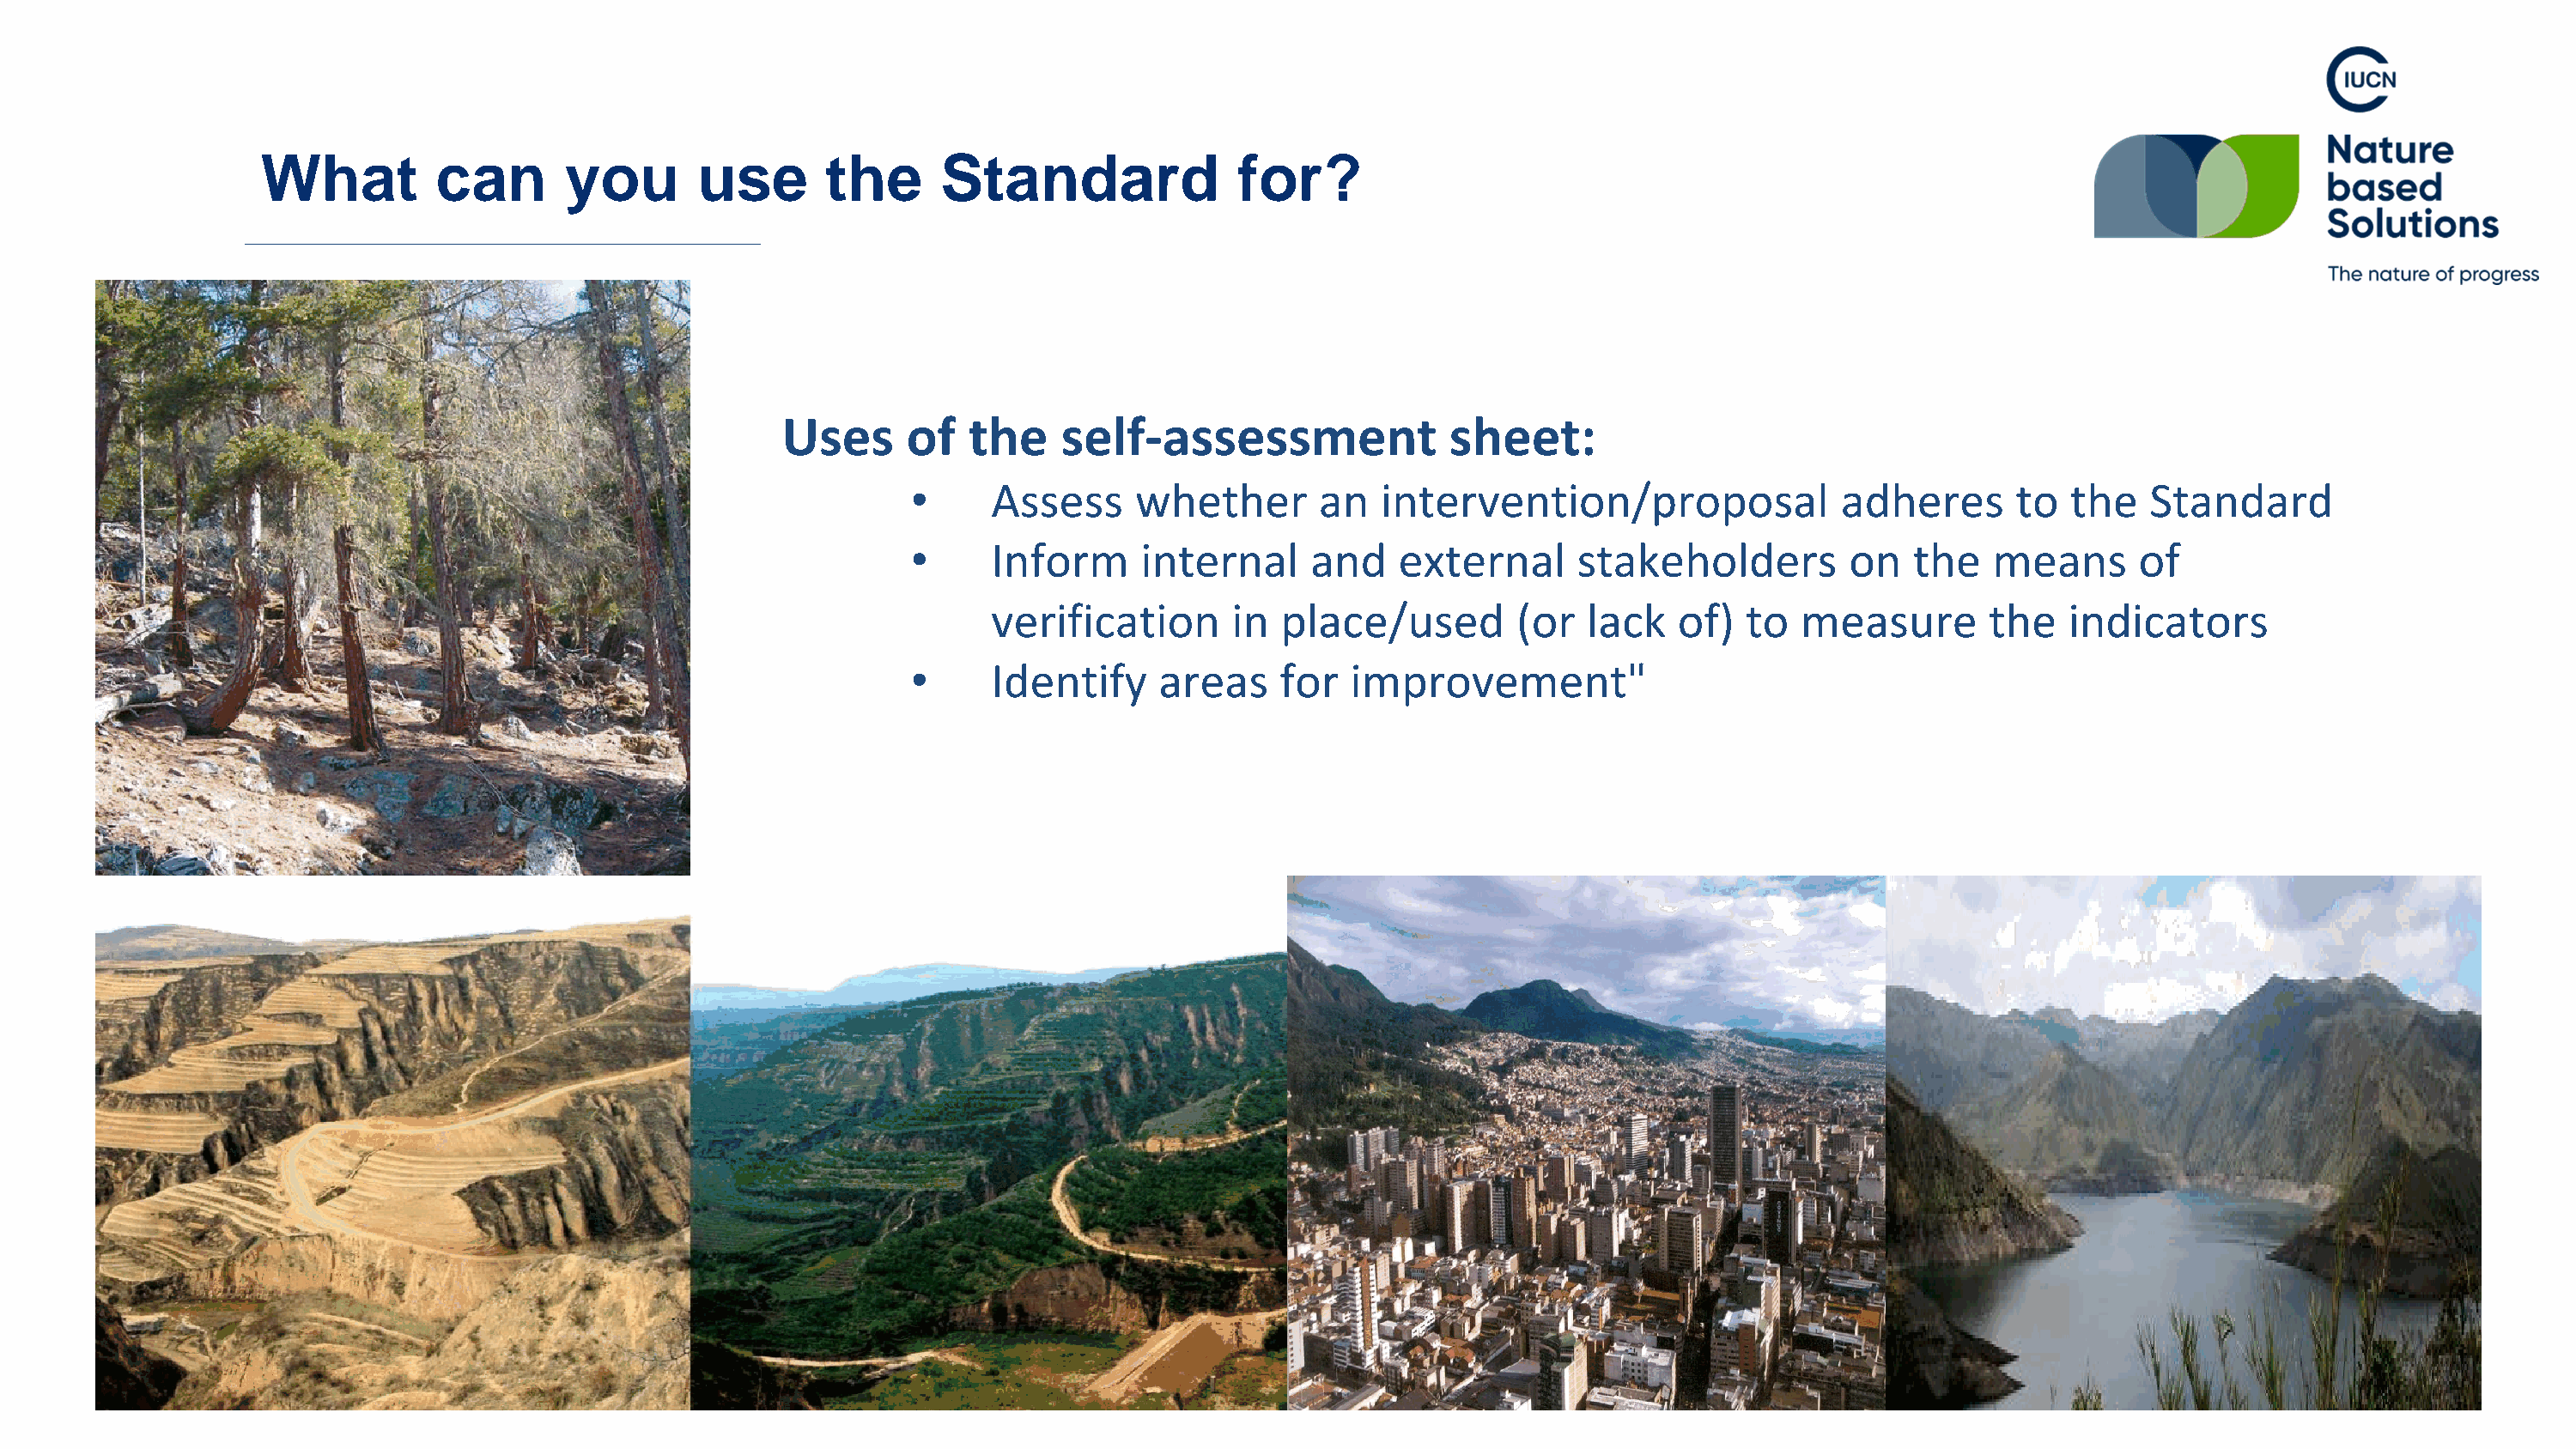
What          can       you       use       the      Standard              for?
 Uses      of   the    self-assessment               sheet:
 •     Assess      whether       an  intervention/proposal               adheres      to   the   Standard
 •     Inform      internal     and    external      stakeholders         on   the   means      of
 verification       in  place/used        (or  lack   of)   to  measure       the   indicators
 •     Identify     areas     for  improvement"
 © Grisons Office for Forest and Natural Hazards; Urs Fitze